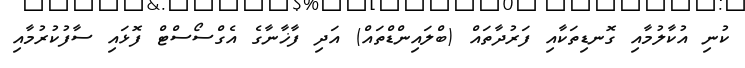
ކުނި އުކާލުމާއި ގޮނޑިތަކާއި ފަރުދާތައް (ބްލައިންޑްތައް) އަދި ފާޚާނާގެ އެގްސޯސްޓް ފޮޅައި ސާފުކުރުމާއި